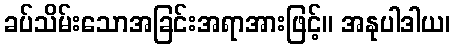
ခပ်သိမ်းသောအခြင်းအရာအားဖြင့်။ အနုပါဒါယ၊